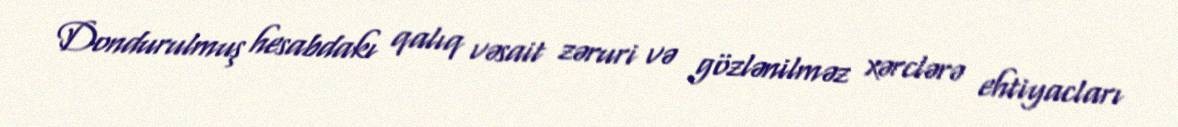
Dondurulmuş hesabdakı qalıq vəsait zəruri və gözlənilməz xərclərə ehtiyacları